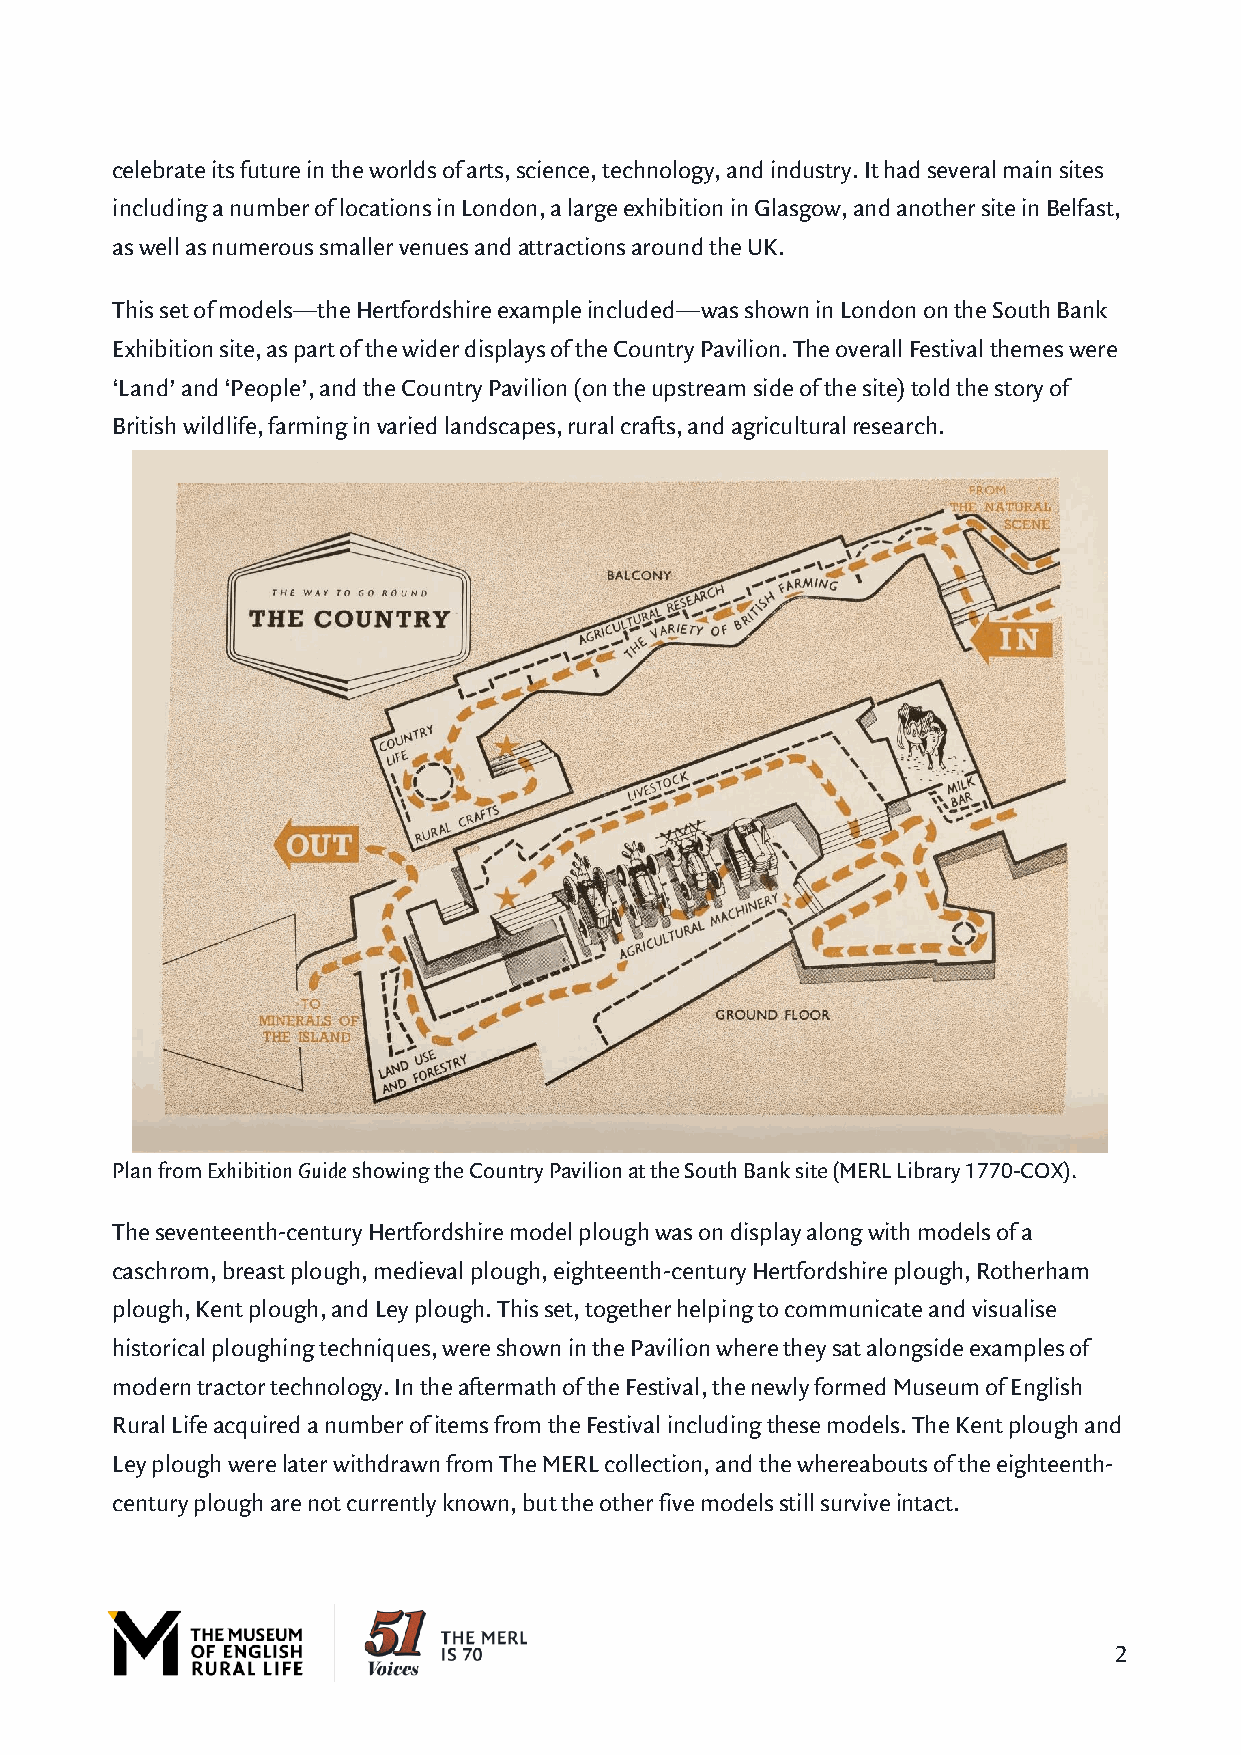
celebrate its future in the worlds of arts, science, technology, and industry. It had several main sites
 including a number of locations in London, a large exhibition in Glasgow, and another site in Belfast,
 as well as numerous smaller venues and attractions around the UK.
 This set of models—the Hertfordshire example included—was shown in London on the South Bank
 Exhibition site, as part of the wider displays of the Country Pavilion. The overall Festival themes were
 ‘Land’ and ‘People’, and the Country Pavilion (on the upstream side of the site) told the story of
 British wildlife, farming in varied landscapes, rural crafts, and agricultural research.
 Plan from Exhibition Guide showing the Country Pavilion at the South Bank site (MERL Library 1770-COX).
 The seventeenth-century Hertfordshire model plough was on display along with models of a
 caschrom, breast plough, medieval plough, eighteenth-century Hertfordshire plough, Rotherham
 plough, Kent plough, and Ley plough. This set, together helping to communicate and visualise
 historical ploughing techniques, were shown in the Pavilion where they sat alongside examples of
 modern tractor technology. In the aftermath of the Festival, the newly formed Museum of English
 Rural Life acquired a number of items from the Festival including these models. The Kent plough and
 Ley plough were later withdrawn from The MERL collection, and the whereabouts of the eighteenth-
 century plough are not currently known, but the other five models still survive intact.
 2